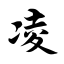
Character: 凌